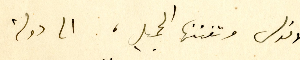
الاندلس وتفننها الجميل، الى دولة